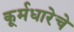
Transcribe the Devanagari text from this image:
कूर्मधारेचे